Bréfritari: Sigríður Pálsdóttir
Viðtakandi: Páll Pálsson
Dagsetning: A-1839-11-13
Skrifað á: Reykholti  Borg.
Páll var bróðir Sigríðar

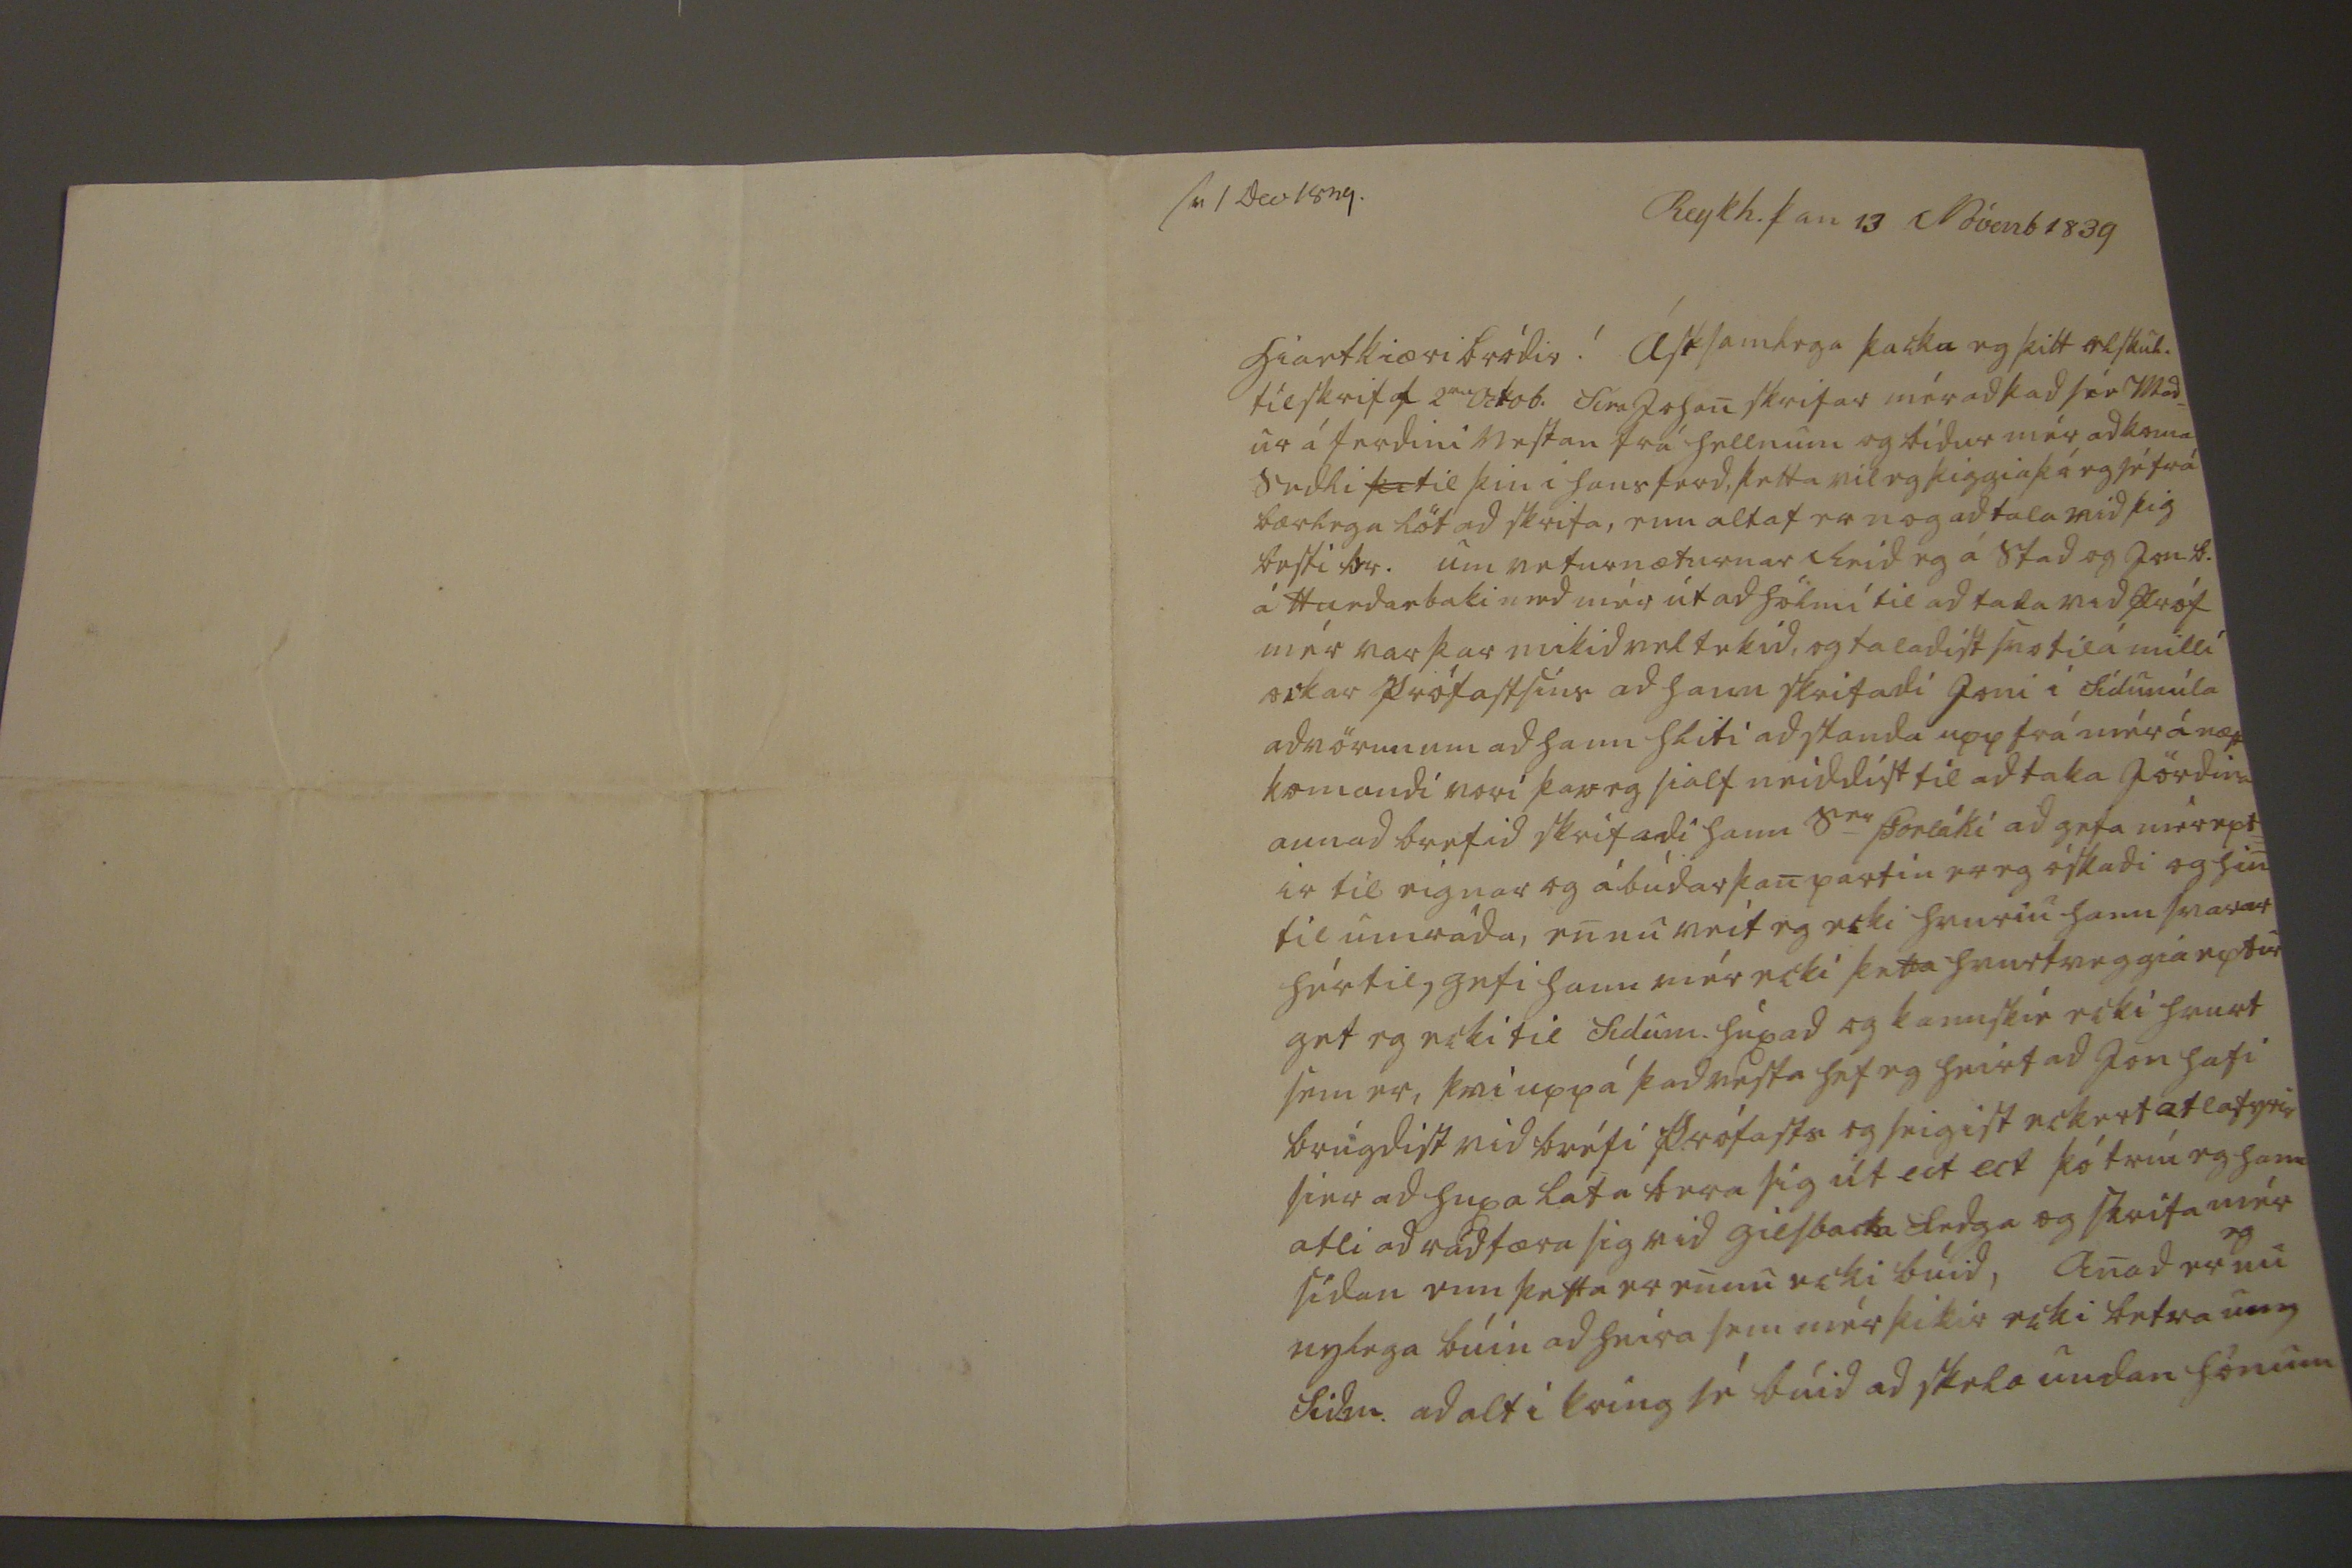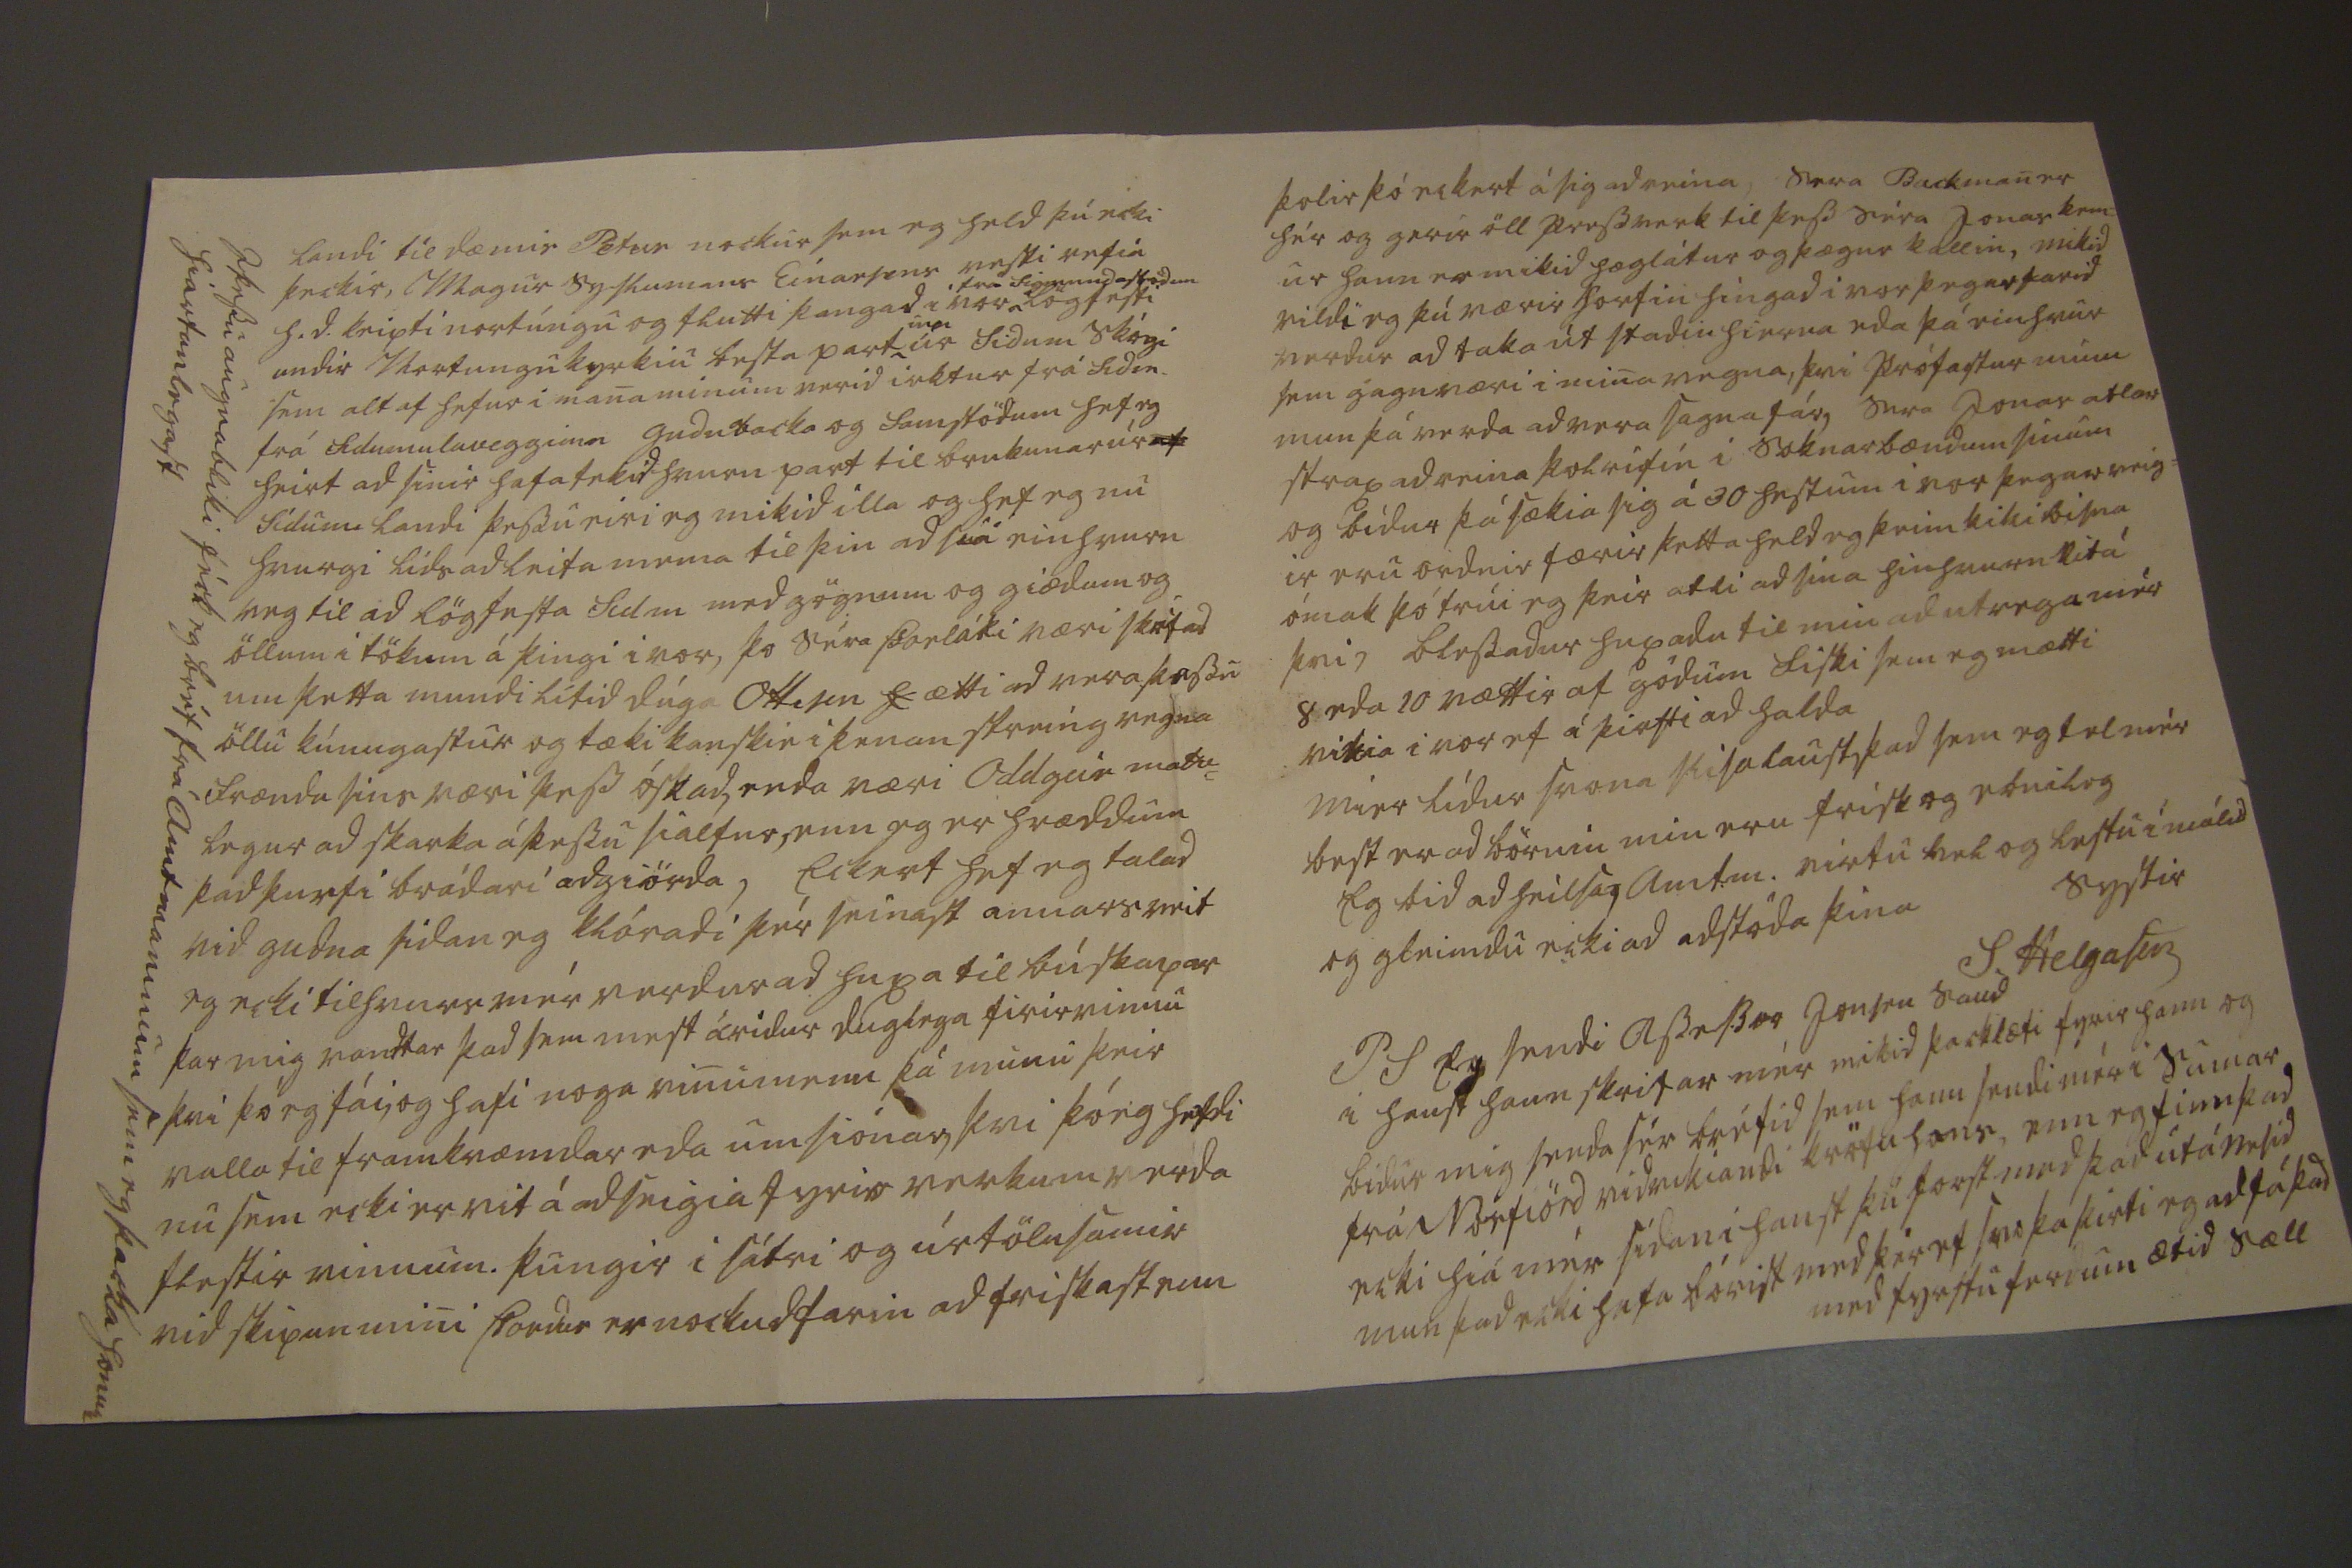

sv 1 Dec 1839.
Reykh. þan 13 Nóvenb 1839
Hiartkiæri bródir! Ástsamliga þacka eg þitt elskul. tilskrif af 2
um
Octob. Síra Johan skrifar mér ad þad
síe
mad_ ur á ferdini vestan frá hellnum og bídur mér ad koma sedli
þe
til þin i hans ferd, þetta vil eg þiggia þá eg sé frá bærlega löt ad skrifa, enn altaf er nog ad tala vid þig besti br. um veturnæturnar reid eg á stad og Jon
B.
á Hurdarbaki med mér út ad hólmi til ad taka
med próf
mér var þar mikid vel tekid, og taladist svo til á milli ockar prófastins ad hann skrifadi joni í sídumúla advörun um ad hann hliti ad standa upp frá mér á næst komandi vori þar eg sialf neiddist til ad taka jördina annad brefid skrifadi hann s
er
þorláki ad gefa mér ept= ir til eignar og ábúdar þan partin er eg óskadi og hin til umráda, en nu veit eg ecki hvuriu hann svarar hér til, gefi hann mér ecki þetta hvurtveggia eptir get eg ecki til sidum.
huxad
og kannskie ecki hvurt sem er, þvi upp á þad vesta hef eg heirt ad on hafi brugdist vid bréfi prófasts og seigist eckert af atla fyrir sier ad huxa lata bera sig út
ut ut
þó trúi eg hann atli ad rádfæra sig vid
gilsbacka fedga
og skrifa mér sídan enn þetta er en nu ecki búid, Anad er
eg
nu nylega búin ad heira sem mér þikir ecki betra
um
Sid.m. ad alt i kring sé búid ad
skela
undan honum
I þessu augnabliki féck eg bréf frá Amtmaninum sem eg þacka honum hiartanlegast
landi til dæmis Petur nockur sem eg held þú ecki þeckir, Magur syslumans Einarsens vesti vefia h.d. keipti
vortúngu
og flutti þangad i vor
fra Sigmundastödum
lögfesti undir Vortungukyrkiu besta part
inn
úr Sidum skógi sem altaf hefur i mana minum verid
irktur
frá Sidm. frá Sidumulavegginn gudn
a
backa og samstödum hef eg heirt ad sinir hafa tekid hvurn part til brukunar úr
af
sídum. landi þessu eiri eg mikid illa og hef eg nu hvurgi lids ad leita
mema
til þin ad sié einhvurn veg til ad lögfesta sidm med gögnum og giædum og öllum i tökum á þingi i vor, þo Séra Þorláki væri
skrifad
um þetta mundi lítid dúga
O000 0
ætti ad vera þessu öllu kunugastur og tæki kanskie i þenan streing vegna frænda sins væri þess óskad, enda væri Oddgeir matu= legur ad skarka á þessu sialfur, enn eg er hræddum þad þurfi brádari adgiörda, Eckert hef eg talad vid gudna sidan eg klóradi þér seinast annars veit eg ecki tilhvurs mér verdur ad huxa til búskapar þar mig vandtar þad sem mest áridur duglega firirvinnu þvi þó eg fái, og hafi noga vinumenn þá munu þeir valla til framkvæmdar eda umsiónar, þvi þó eg hefdi nu sem ecki er vit á ad seigia fyrir verkum verda flestir vinnum. þungir i
sátri
og úrtölusamir vid skipun mini Þordur er nockud farin ad friskast enn
þolir þó eckert á sig ad reina, sera Backman er hér og gerir öll pressverk til þess séra Jonas kem= ur hann er mikid hæglátur og þægur kallin, mikid vildi eg þú værir horfin hingad i vor þegar farid verdur ad taka út stadin hierna eda þá einhvur sem gagn væri i mina vegna, þvi prófastur minn mun þá verda ad vera sagnafár, sera Jonas atlar strax ad reina þolrifin i soknarbændum sinum og bídur þá sækia sig á 30 hestum i vor þegar veig= ir eru ordnir færir þetta held eg þeim
þ
iki bisna ómak þó trúi eg þeir atli ad sina
hinhvurn vit
á þvi, blessadur huxadu til min ad utvega mér 8 ead 10
vættir
af gódum fiski sem eg mætti
vitia
i vor ef á þirfti ad halda Mier lídur svona slisalaust þad sem eg tel mér best er ad börnin min eru frísk og efnileg Eg bid ad heilsa, Amt.m.
virtu 0ek
og lestu i málid og gleimdu ecki ad adstoda þina systir
S. Helgason
PS Eg sendi
Assessu jonfru
saud i haust hann skrifar mér mikid þacklæti fyrir hann og bidur mig senda sér bréfid sem hann sendi mér i sumar frá Norfiörd
vidvikiandi
kröfu hans, enn eg finn þad ecki hiá mér sídan i haust þú forst med þad út á nesid mun þad ecki hafa bórist med þér ef svo þa þirti eg ad fá þad med fyrstu ferdum ætid sæll